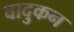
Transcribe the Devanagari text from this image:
वादुकन